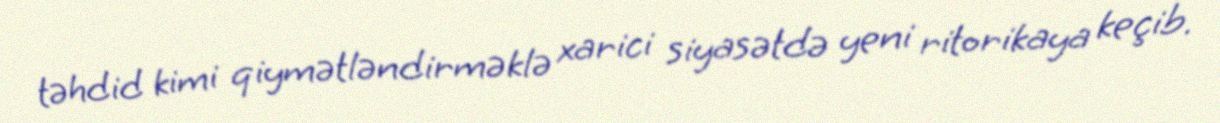
təhdid kimi qiymətləndirməklə xarici siyasətdə yeni ritorikaya keçib.